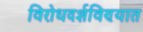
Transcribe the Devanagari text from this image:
विरोधदर्शविण्यात